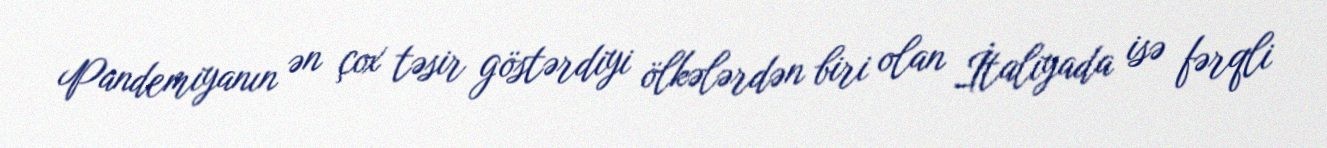
Pandemiyanın ən çox təsir göstərdiyi ölkələrdən biri olan İtaliyada isə fərqli